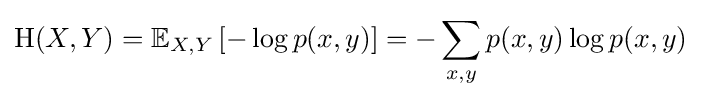
\mathrm {H} (X,Y)=\mathbb {E} _{X,Y}\left[-\log p(x,y)\right]=-\sum _{x,y}p(x,y)\log p(x,y)